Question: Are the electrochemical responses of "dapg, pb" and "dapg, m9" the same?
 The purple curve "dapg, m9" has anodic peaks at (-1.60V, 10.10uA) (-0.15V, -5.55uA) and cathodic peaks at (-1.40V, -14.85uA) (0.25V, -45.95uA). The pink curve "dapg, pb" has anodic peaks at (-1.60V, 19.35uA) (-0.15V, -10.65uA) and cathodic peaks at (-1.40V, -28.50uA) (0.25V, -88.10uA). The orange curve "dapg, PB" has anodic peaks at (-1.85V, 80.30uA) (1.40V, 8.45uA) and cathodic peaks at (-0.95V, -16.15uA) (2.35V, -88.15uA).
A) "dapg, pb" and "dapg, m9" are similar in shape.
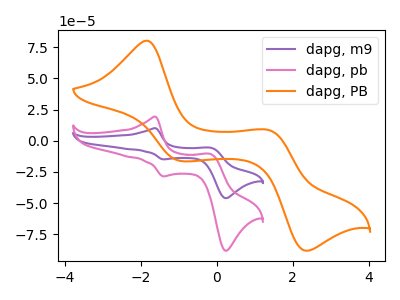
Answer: <think>All the peaks in "dapg, pb" have a peak in "dapg, m9" at the same potential.
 </think>
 <answer>A) "dapg, pb" and "dapg, m9" are similar in shape.</answer>
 <eval>A</eval>